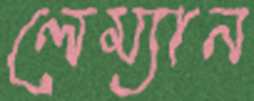
লেম্যান